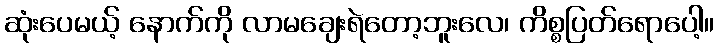
ဆုံးပေမယ့် နောက်ကို လာမချေးရဲတော့ဘူးလေ၊ ကိစ္စပြတ်ရောပေါ့။